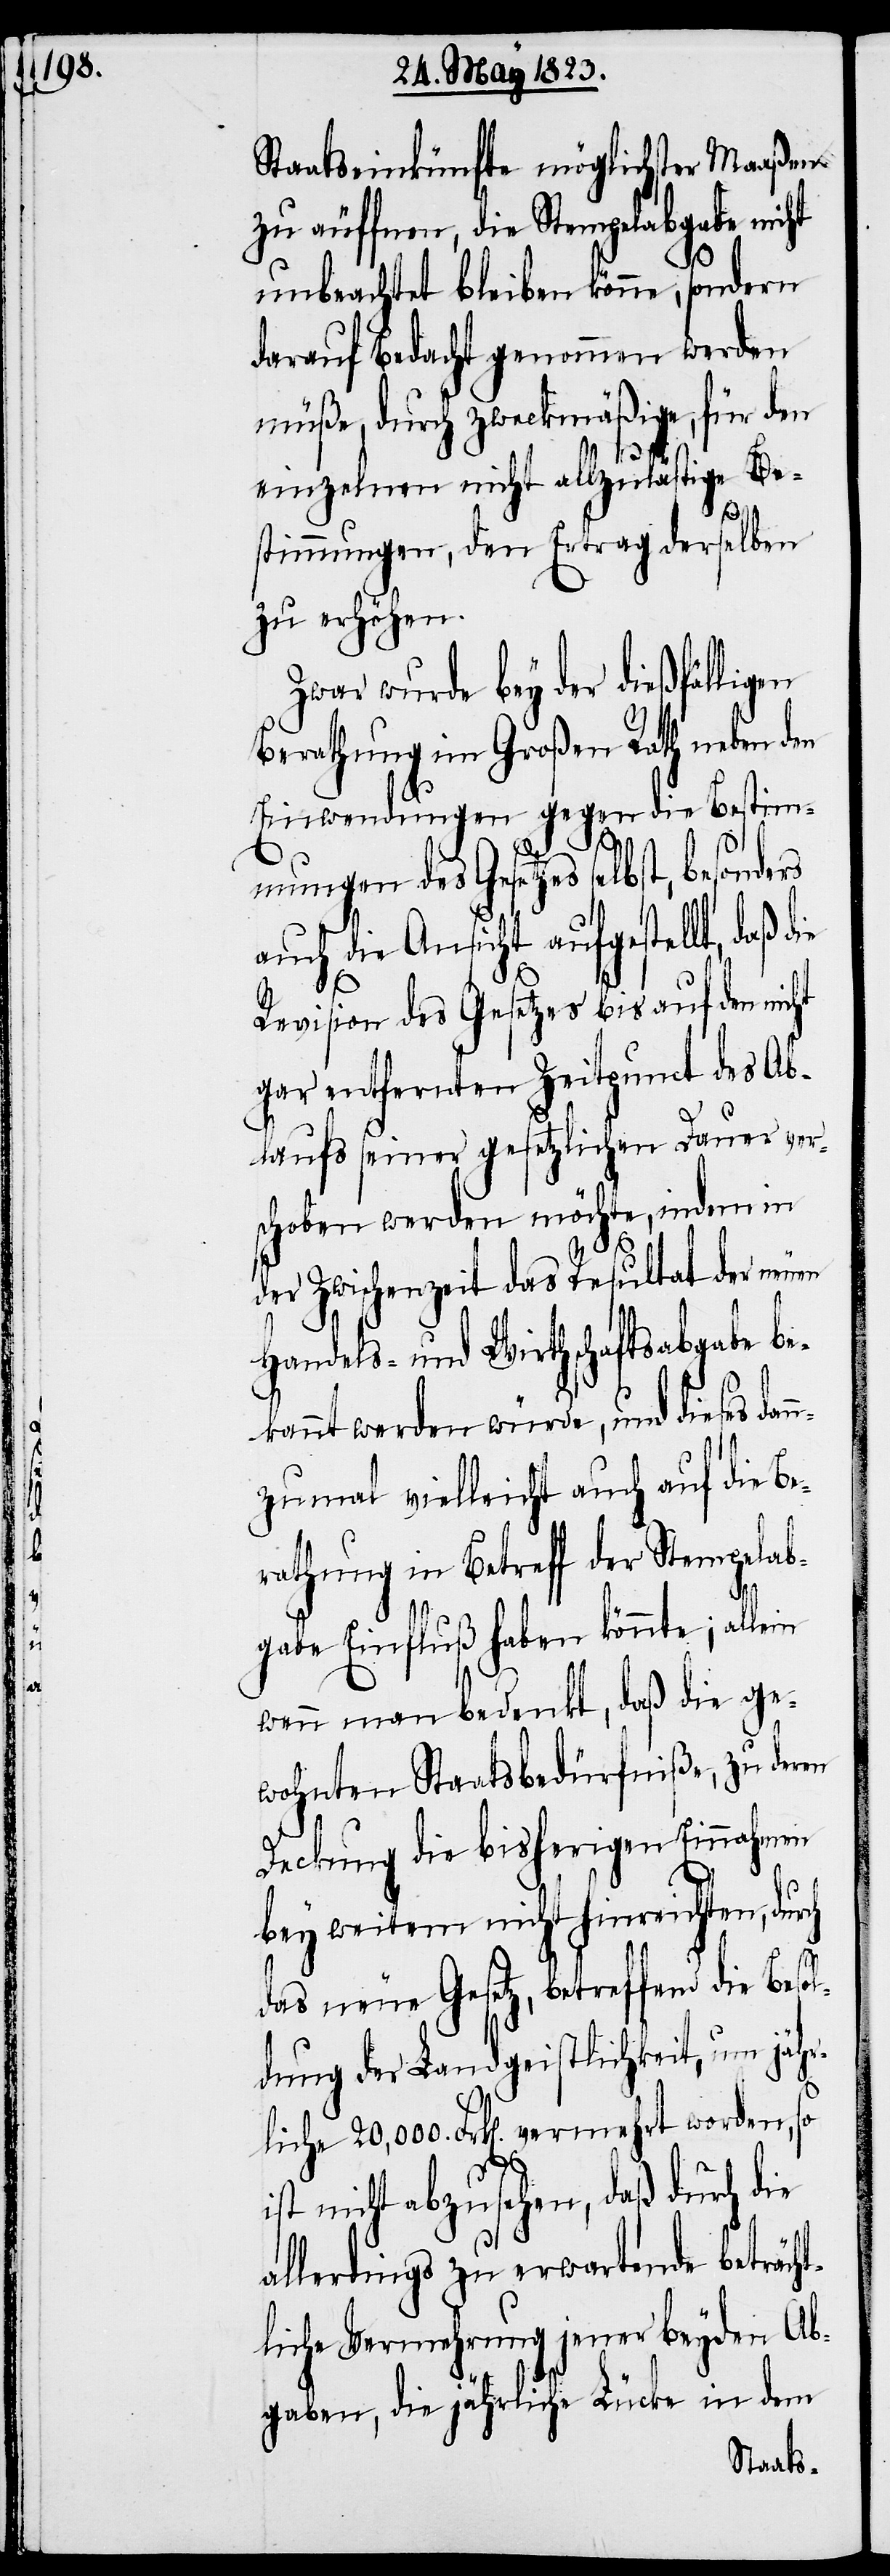
Staatseinkünfte möglichster Maaßen
zu äuffnen, die Stempelabgabe nicht
unbeachtet bleiben könne, sondern
darauf Bedacht genommen werden
müße, durch zweckmäßige, für den
einzelnen nicht allzulästige Be¬
durch
stimmungen, den Ertrag derselben
zu erhöhen.
Zwar wurde bey der dießfälligen
Berathung im Großen Rath neben den
Einwendungen gegen die Bestim¬
mungen des Gesetzes selbst, besonders
auch die Ansicht aufgestellt, daß
Revision des Gesetzes bis auf den nicht
gar entfernten Zeitpunct des Ab¬
laufs seiner gesetzlichen Dauer ver¬
schoben werden möchte, indem in
der Zwischenzeit das Resultat der neuen
Handels- und Wirthschaftsabgabe be¬
kannt werden würde, und dieses dan¬
nzumal vielleicht auch auf die Be¬
rathung in Betreff der Stempelab¬
gabe Einfluß haben könnte; allein
wenn man bedenkt, daß die ge¬
wohnten Staatsbedürfniße, zu deren
Deckung die bisherigen Einnahmen
bey weitem nicht hinreichten,
das neue Gesetz, betreffend die Beso¬
ldung der Landgeistlichkeit, um jähr¬
liche 20,000. Frk[en]. vermehrt worden, so
ist nicht abzusehen, daß durch die
allerdings zu erwartende beträcht¬
liche Vermehrung jener beyden Ab¬
gaben, die jährliche Lücke in dem